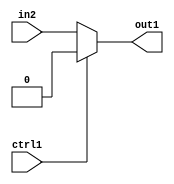
`timescale 1ps / 1ps
/*****************************************************************************
    Verilog RTL Description
    
    
    Created by: CellMath Designer 2019.1.01 
*******************************************************************************/

module fp_cmp_Muxi0u1u1_4 (
	in2,
	ctrl1,
	out1
	); /* architecture "behavioural" */ 
input  in2,
	ctrl1;
output  out1;
wire  asc001;

reg [0:0] asc001_tmp_0;
assign asc001 = asc001_tmp_0;
always @ (ctrl1 or in2) begin
	case (ctrl1)
		1'B1 : asc001_tmp_0 = 1'B0 ;
		default : asc001_tmp_0 = in2 ;
	endcase
end

assign out1 = asc001;
endmodule

/* CADENCE  uLLxTQw= : u9/ySgnWtBlWxVPRXgAZ4Og= ** DO NOT EDIT THIS LINE ******/